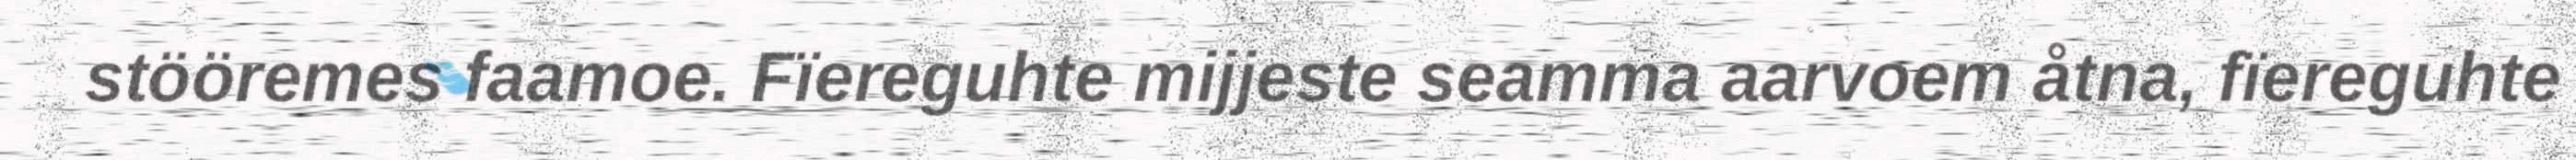
stööremes faamoe. Fïereguhte mijjeste seamma aarvoem åtna, fïereguhte